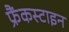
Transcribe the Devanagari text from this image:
फ्रैंकस्टाइन